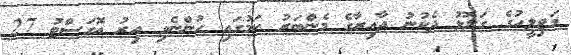
މަޖިލީހުގެ ގަލޮޅު ދެކުނު ދާއިރާގެ މެންބަރު ކަމުގައި ހުންނެވި އިރު އޮގަސްޓު 27